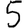
Digit: 5